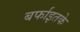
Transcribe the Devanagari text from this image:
बर्फाइतके